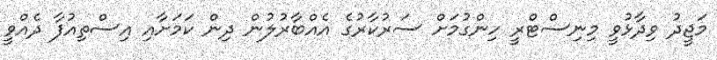
މަޖީދު ވިދާޅުވީ މިނިސްޓްރީ ހިންގުމަށް ސަރުކާރުގެ އެއްބާރުލުން ދިން ކަމަށާއި އިސްތިއުފާ ދެއްވީ